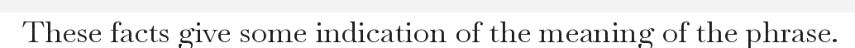
These facts give some indication of the meaning of the phrase.